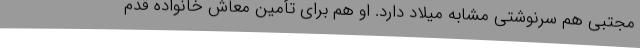
مجتبی هم سرنوشتی مشابه میلاد دارد. او هم برای تأمین معاش خانواده قدم